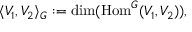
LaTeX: \langle V _ { 1 } , V _ { 2 } \rangle _ { G } : = \dim ( { \mathrm { H o m } } ^ { G } ( V _ { 1 } , V _ { 2 } ) ) ,